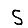
Digit: 5